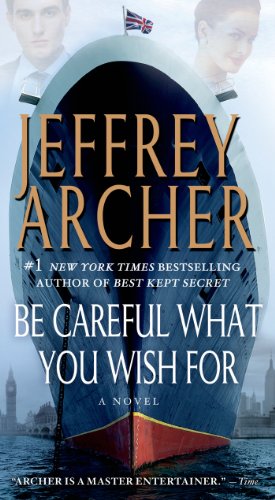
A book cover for Be Careful What You Wish For (The Clifton Chronicles); Jeffrey Archer; Literature & Fiction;